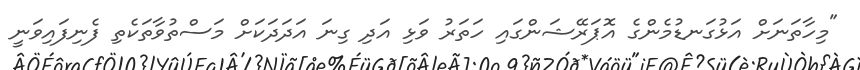
"މިހާތަނަށް އަޅުގަނޑުމެންގެ އޮޕަރޭޝަންގައި ހަތަރު ވަޅި އަދި ގިނަ އަދަދަކަށް މަސްތުވާތަކެތި ފެނިފައިވަނީ